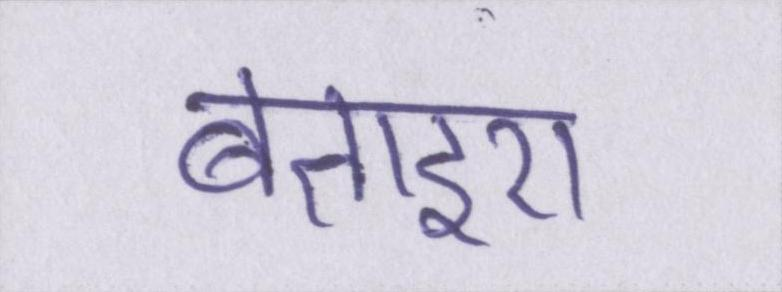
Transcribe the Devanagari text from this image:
बताइए